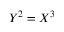
Y ^ { 2 } = X ^ { 3 }